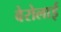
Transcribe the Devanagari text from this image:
वेरोलाई